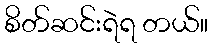
စိတ်ဆင်းရဲရ တယ်။